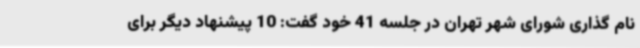
نام گذاری شورای شهر تهران در جلسه 41 خود گفت: 10 پیشنهاد دیگر برای